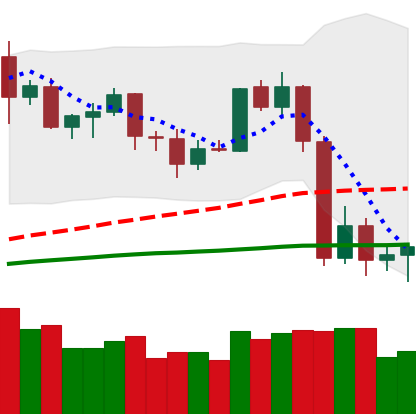
Ticker: LTC-USD
Chart end date: 2020-09-07
Forward return: 4.197%
Label: up_3_5